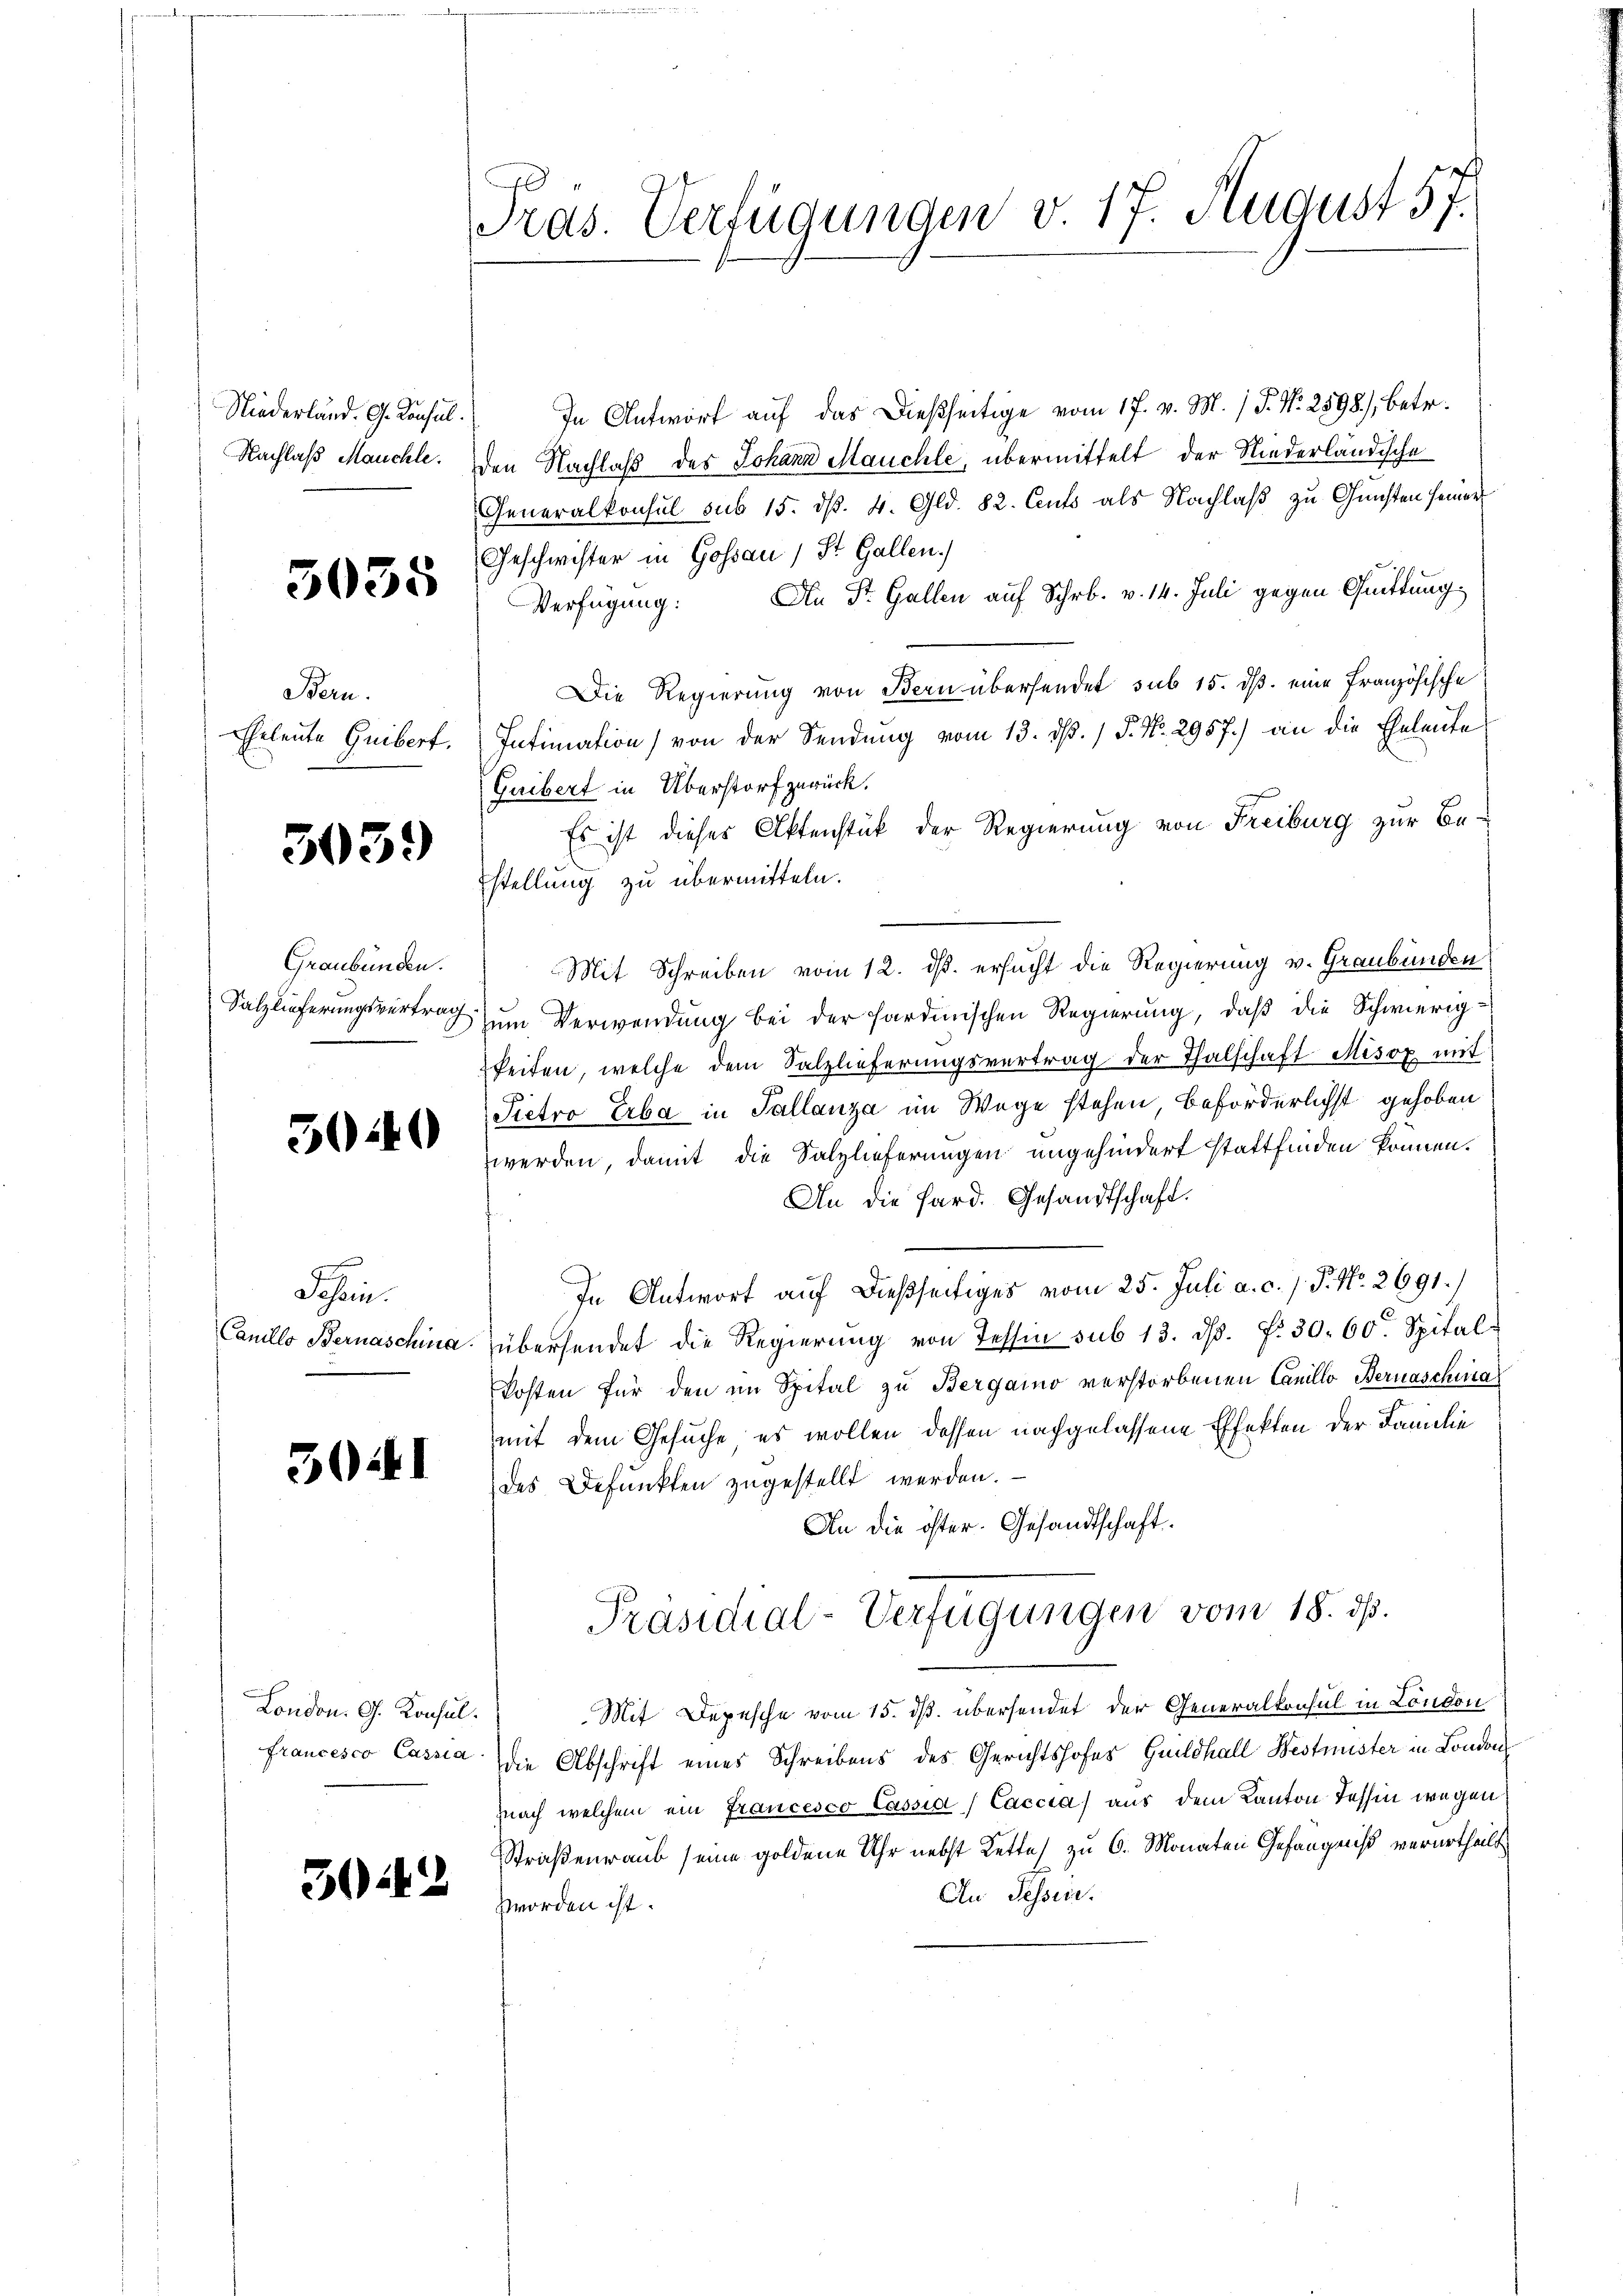
Niederland. G. Konsul

3035

Bern.

503.

Graubünden.

50.40

Sehen.

50441

London. G. Konsul

30:

Präs. Verfügungen v. 17. August 57.

In Antwort auf das dießseitige vom 17. v. M. / P. Nr. 2598), betr.
Nachlaß Meuchle. Den Nachlaß des Johann Mauchte, übermittelt der Niederländische
Generalkonsul sub 15. dß. 4. Gld. 82. Auto als Nachlaß zu Gunsten seiner
Geschwister in Gossau, St. Gallen.
Verfügung: An St. Gallen auf Schr. v. 14. Juli gegen Quittung
Die Regierung von Bern übersendet sub 15. ds. eine französische
Eheleute Guibert. Intimation von der Sendung vom 13. ds. / P. Nr. 2957.) an die Eheleute
Guibert in Überstorf zurück.
Es ist dieses Aktenstück der Regierung von Freiburg zur Bestellung zu übermitteln.
Mit Schreiben vom 12. ds. ersucht die Regierung v. Graubünden
Salzlieferungsvertrag zum Verwendung bei der sardinischen Regierung, daß die Schwierigkeiten, welche dem Salzlieferungsvertrag der Thalschaft Misox mit
Pietro Erba in Tallanza im Wege stehen, beförderlichst gehoben
werden, damit die Salzlieferungen angehindert stattfinden können.
An die Sard. Gesandtschaft.
In Antwort auf dießseitiges vom 25. Juli a. c. J. P. Nr. 2691.
Canillo Bernaschina übersendet die Regierŭng von Tessin sub 13. ds. f. 30. 60. Spital-
kosten für den im Spital zu Bergamo verstorbenen Camillo Bernaschia
mit dem Gesuche es wollen dessen nachgelassene Effekten der Familie
des Befunkten zugestellt werden.
An die öfter. Gesandtschaft.
Präsidial-Verfügungen vom 18. ds.
Mit Depesche vom 15. ds. übersendet der Generalkonsul in London
francesco Cassa die Abschrift eines Schreibens des Gerichtshofes Guildhall Bestnister in London
nach welchem ein Francesco Cassia Caccia) aus dem Kanton Tessin wegen
Straßenraub seine goldene Uhr nebst Kette zu 6. Monaten Gefängniß verurtheilt
An Tessin.
zworden ist.